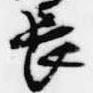
長